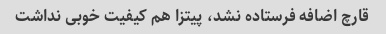
قارچ اضافه فرستاده نشد، پیتزا هم کیفیت خوبی نداشت